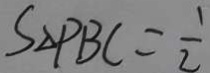
S _ { \Delta P B C } = \frac { 1 } { 2 }